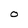
Character: 0